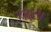
૧૧૪૫